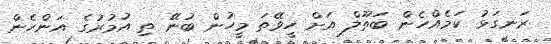
ރަނގަޅު ކަމެއްހެން ބަތޫލް އަށް ހީވޭތަ މީހުން ބުނޭ ތި އުމުރުގެ އަންހެން